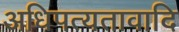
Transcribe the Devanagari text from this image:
अधिपत्यतावादि